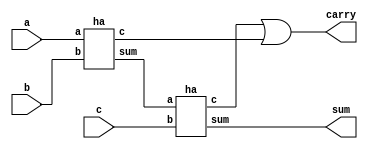
`timescale 1ns / 1ps
//////////////////////////////////////////////////////////////////////////////////
// Company: 
// Engineer: 
// 
// Design Name: 
// Module Name: Full_adder
// Project Name: 
// Target Devices: 
// Tool Versions: 
// Description: 
// 
// Dependencies: 
// 
// Revision:
// Revision 0.01 - File Created
// Additional Comments:
// 
//////////////////////////////////////////////////////////////////////////////////

// Full adder using half adder
module Full_adder(a, b, c, sum, carry);
input a, b, c;
output sum, carry;
wire w1, w2, w3;

ha H1(a, b, w1, w2);
ha H2(w1, c, sum, w3);
or O1(carry, w3, w2);

endmodule

// Half adder using basic gates
module ha(a, b, sum, c);
input a, b;
output sum,c;

xor X1(sum, a, b);
and A1(c, a, b);

endmodule



// Test bench
module Full_adder_tb();
reg a, b, c;
wire sum, carry;
Full_adder FA1(a, b, c, sum, carry);

initial
begin

a = 0; b = 1; c = 1;
#5 a = 1; b = 1; c = 0;
#5 a = 0; b = 1; c = 1;
#5 $stop;

end
endmodule